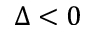
\Delta < 0